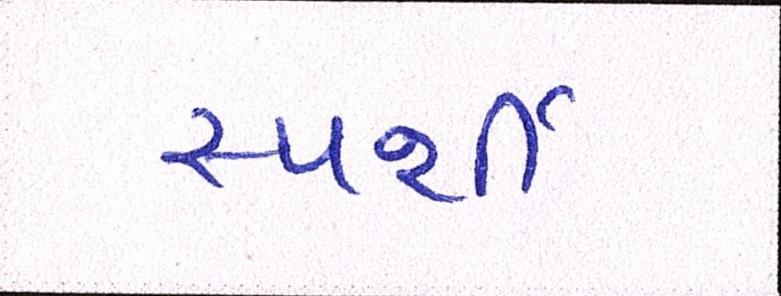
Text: સ્પર્શી